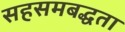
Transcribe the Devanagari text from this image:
सहसमबद्धता